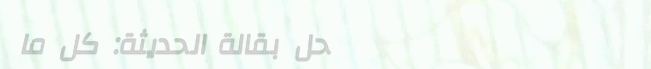
محل بقالة الحديثة: كل ما